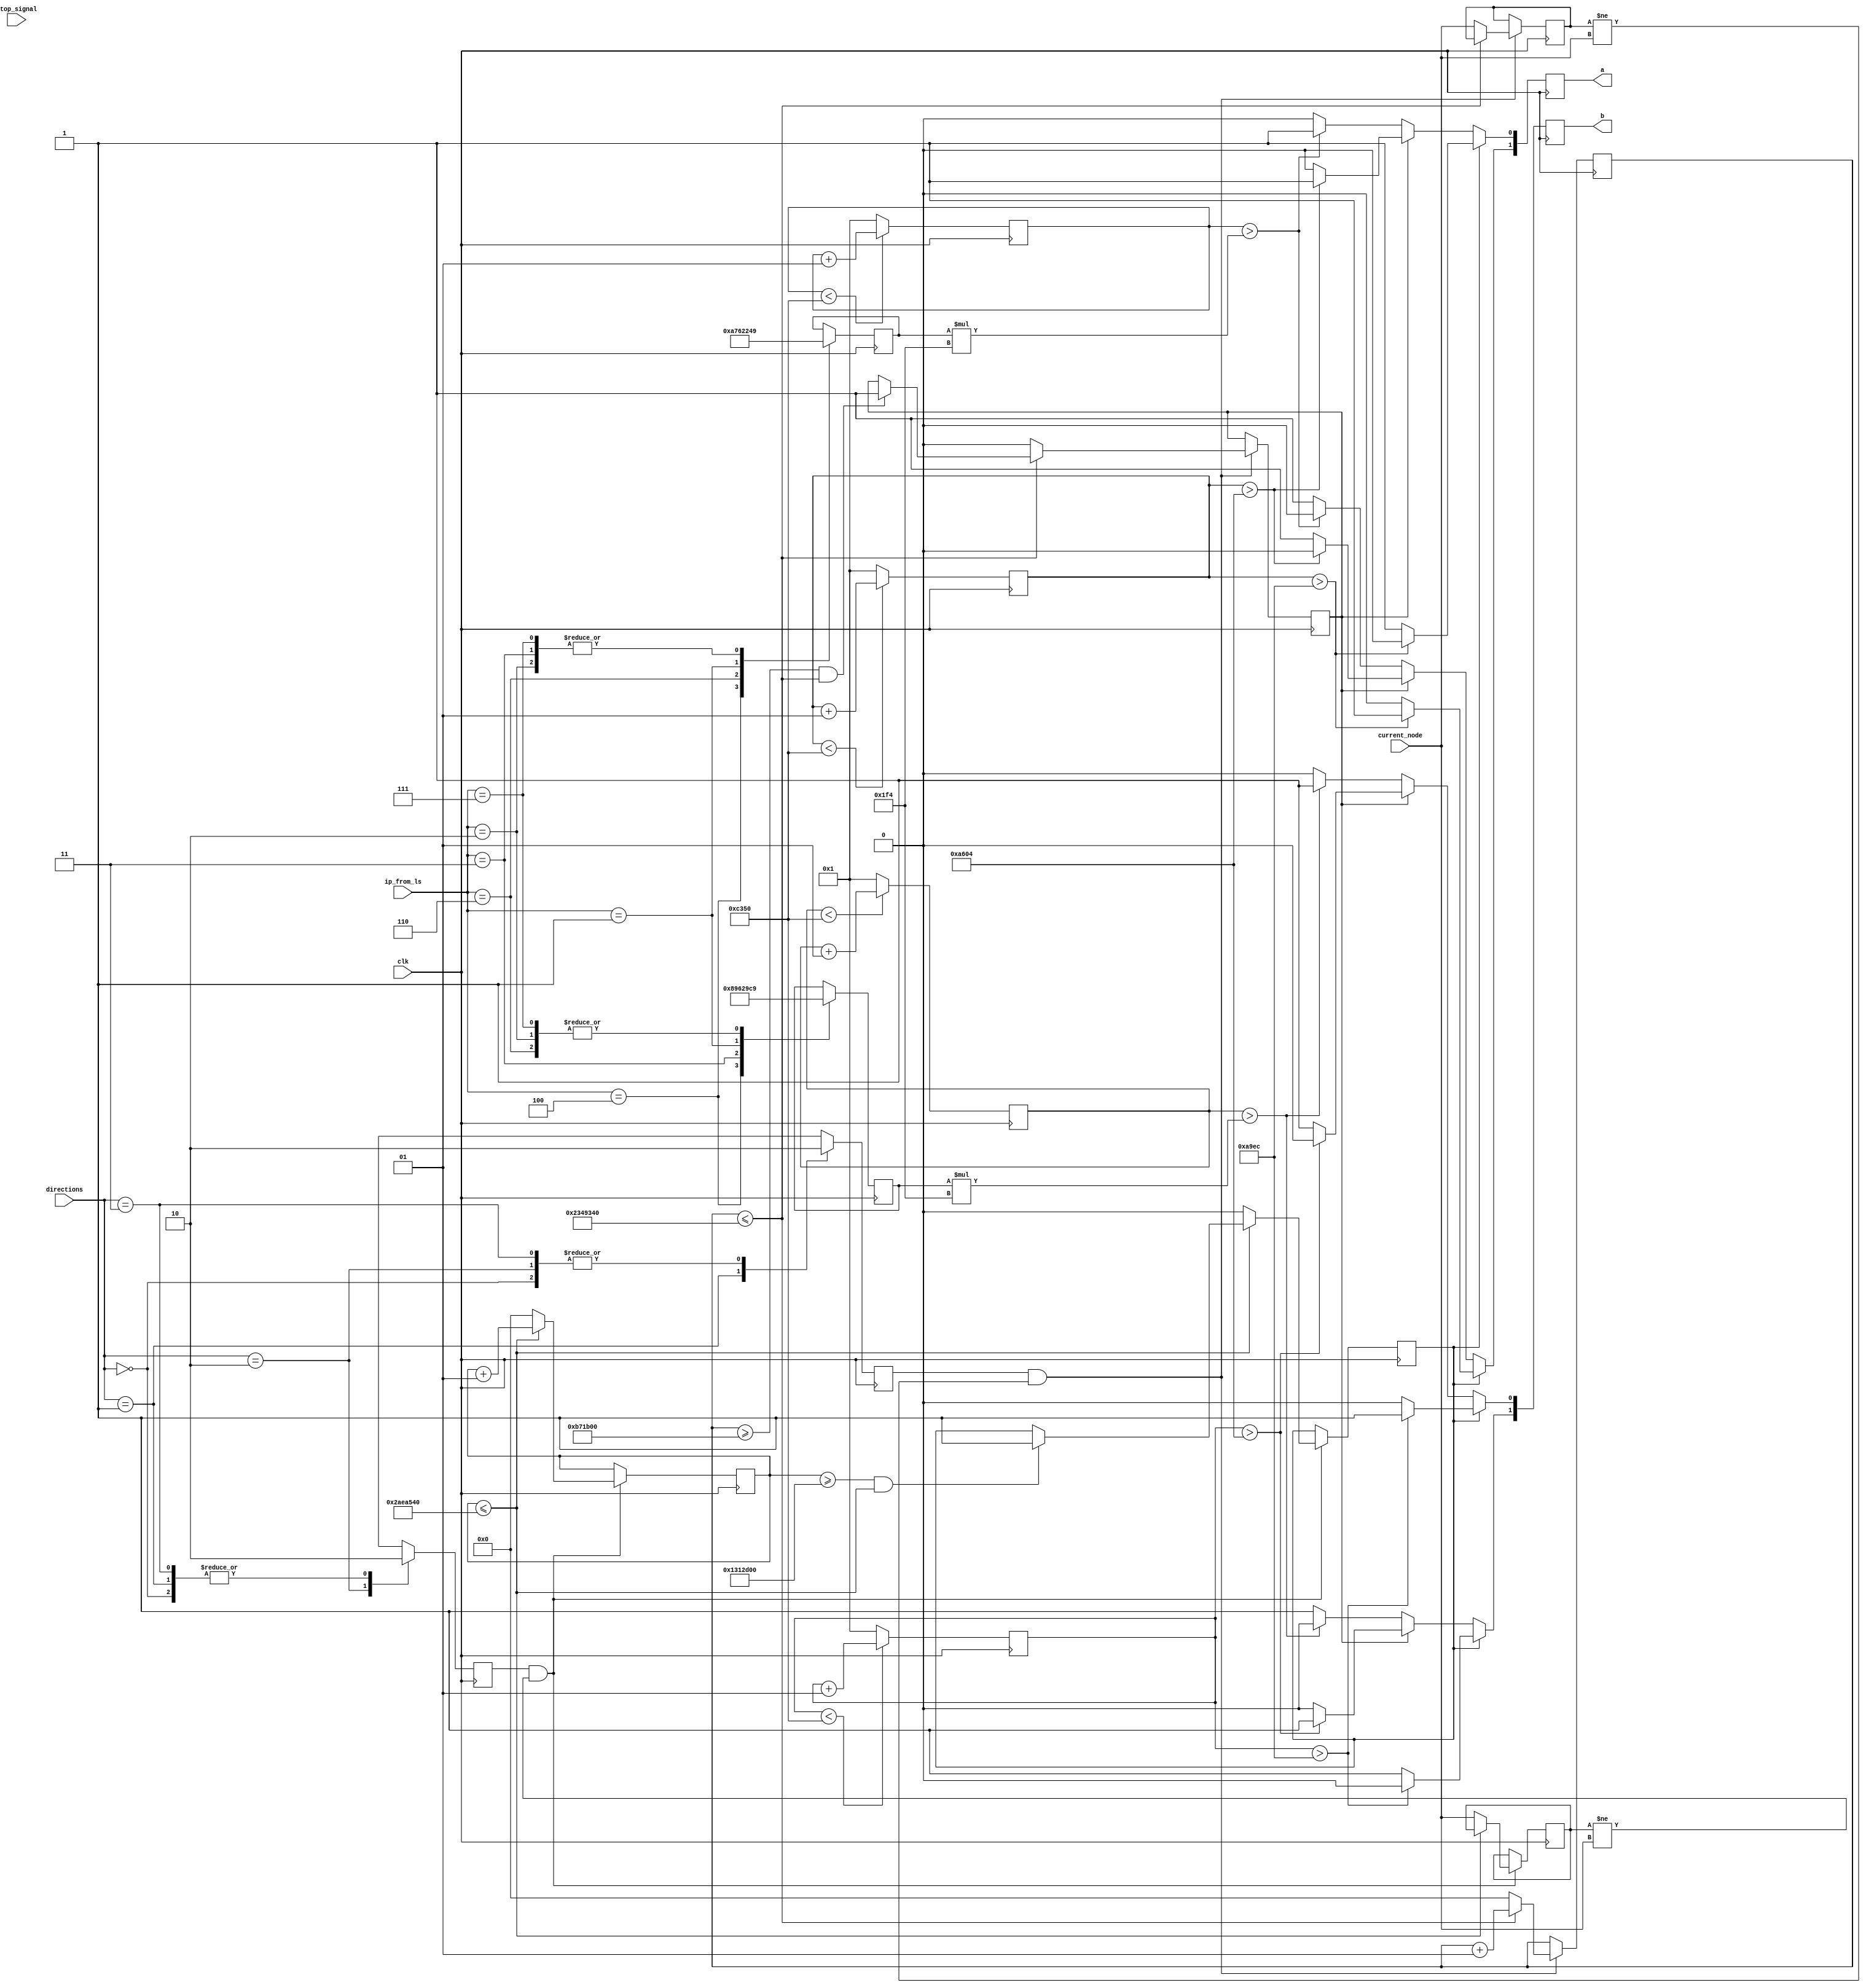
`timescale 1ns / 1ps
module motor_control(
    input clk,
    input [2:0] ip_from_ls,
    input stop_signal,
    input [7:0] current_node,
    input [1:0] directions ,   //00 - straight ; 01 - right ; 10 - left ; 11 - 180 degree turn
    output [1:0] a, 
	 output [1:0] b 
      );
    
 // Input A[1] - high ; Input A[0] - low : anticlockwise Direction of motor A  (bot moves forward)
 // PWM output will be given to Input A[1]  
 // 00 - Straight ; 01 - Go right ; 10 - Go left ; 11 - node detected 
 // A - Right motor ; B - Left motor
 reg [1:0] A; reg [1:0] B ;
 reg [6:0] DS_A = 100 , DS_B = 100 ;
 assign a = A ;
 assign b = B ;
 //reg straight = 0 ;
 reg turn_left = 0, turn_right = 0, full_turn = 0 ;
 reg [7:0] temp = 0 ;
 reg [7:0] temp2 = 0 ;
 reg [7:0] temp3 = 0 ;
 integer wait_counter = 0 ;
 integer wait_counter1 = 0 ;
 integer wait_counter3 = 0 ;
 reg turn_left_signal = 0 ;
 reg turn_right_signal = 0 ;
 reg full_turn_signal = 0 ;
always@ (posedge clk)
 begin
//  case(ip_from_ls)
//	 3'b100 : begin
//            DS_B = 65 ;
//            DS_A = 80 ;
//            end 
//	 3'b110 : begin
//				DS_B = 70 ;
//				DS_A = 85 ;
//				end 
//    3'b010 : begin
//            DS_B = 70 ;
//            DS_A = 70 ;
//            end 
//	 3'b011 : begin
//            DS_B = 85 ;
//            DS_A = 70 ;
//            end
//    3'b001 : begin
//            DS_B = 80 ;
//            DS_A = 65 ;
//            end
//	 3'b111: begin
//				DS_A = 70 ; 
//            DS_B = 70 ;
//				end
//  endcase
 case(ip_from_ls)
	 3'b100 : begin
            DS_B = 68 ; //all -2
            DS_A = 83 ;
            end 
	 3'b110 : begin
				DS_B = 73 ;
				DS_A = 88 ;
				end 
    3'b010 : begin
            DS_B = 73 ;
            DS_A = 73 ;
            end 
	 3'b011 : begin
            DS_B = 88 ;
            DS_A = 73 ;
            end
    3'b001 : begin
            DS_B = 83 ;
            DS_A = 68 ;
            end
	 3'b111: begin
				DS_A = 73 ; 
            DS_B = 73 ;
				end
  endcase
  case (directions)  //00 - straight ; 01 - right ; 10 - left ; 11 - 180 degree turn
   2'b00 : begin
            //straight = 1 ;
            turn_left = 0 ;
            turn_right = 0 ;
            full_turn = 0 ;
           end
   2'b01 : begin
            //straight = 0 ;
            turn_left = 0 ;
            turn_right = 1 ;
            full_turn = 0 ;
           end
   2'b10 : begin
           //  straight = 0 ;
            turn_left = 1 ;
            turn_right = 0 ;
            full_turn = 0 ;
           end
   2'b11 : begin
           // straight = 0 ;
            turn_left = 0 ;
            turn_right = 0 ;
            full_turn = 1 ;
           end                        
  endcase
 end
 
//PWM code for motor A 
integer k_A = 1;
integer k_t_A = 1 ;

always@ (posedge clk)
begin

// if (full_turn && temp2 != current_node)
//          begin
//            if (wait_counter3>=27500000 && wait_counter3 <= 70000000)  //1 sec         
//               begin
//                full_turn_signal = 1 ;
//               end 
//            if (wait_counter3 <= 70000000) 
//             begin
//             wait_counter3 = wait_counter3 + 1 ;
//             end
//            else
//              begin
//              wait_counter3 = 0 ;
//              temp2 = current_node ;
//              full_turn_signal = 0 ;
//              end
//          end       
			 
  if (turn_left && temp != current_node)
          begin
            if (wait_counter>=20000000 && wait_counter <= 45000000)  //0.5 sec         
               begin
                turn_left_signal = 1 ;
               end 
            if (wait_counter <= 45000000) 
             begin
             wait_counter = wait_counter + 1 ;
             end
            else
              begin
              wait_counter = 0 ;
              temp = current_node ;
              turn_left_signal = 0 ;
              end
          end
    
   
          
    if (turn_right && temp3 != current_node)
          begin
            if (wait_counter1>=12000000 && wait_counter1 <= 37000000)           
               begin
                turn_right_signal = 1 ;
               end 
            if (wait_counter1 <= 37000000) 
             begin
             wait_counter1 = wait_counter1 + 1 ;
             end
            else
              begin
              wait_counter1 = 0 ;
              temp3 = current_node;
              turn_right_signal = 0 ;
              end
          end             
end

always @(posedge clk)
begin
if (turn_left_signal )
begin
   if (k_t_A > (87 * 500))             
     begin
      A[1] <= 1 ;
      A[0] <= 0 ;
     end
   else
     begin
      A[1] <= 0 ;
      A[0] <= 1 ;
     end
end

else if (turn_right_signal || full_turn_signal)
begin
   if (k_t_A > (85 * 500))             
     begin
      A[1] <= 0 ;
      A[0] <= 1 ;
     end
   else
     begin
      A[1] <= 1 ;
      A[0] <= 0 ;
     end
end

//else if(stop_signal)
//begin
//  A[1] <= 1 ;
//  A[0] <= 1 ;
//end

else
begin
 if (k_A > (DS_A * 500))
	    begin
	    A[1] <= 0 ;
	    A[0] <= 1 ;
	    end
	   else
        begin
        A[1] <= 1 ;
        A[0] <= 0 ;
        end
end

            
end

always @(posedge clk)
begin
	if(k_A < 50000)
	  k_A = k_A + 1 ;
	else
	  k_A = 1 ;  
end

always @(posedge clk)
begin
	if(k_t_A < 50000)
	  k_t_A = k_t_A + 1 ;
	else
	  k_t_A = 1 ;  
end

//PWM code for motor B
integer k_B = 1;
integer k_t_B = 1 ;

always @(posedge clk)
begin
if (turn_left_signal )
begin 
    if (k_t_B > (87 * 500))    //was 78 initially
      begin
       B[1] <= 0 ;
       B[0] <= 1 ;
      end
    else
      begin
       B[1] <= 1 ;
       B[0] <= 0 ;
      end 
end 

else if (turn_right_signal || full_turn_signal)
begin 
    if (k_t_B > (85 * 500)) 
      begin
       B[1] <= 1 ;
       B[0] <= 0 ;
      end
    else
      begin
       B[1] <= 0 ;
       B[0] <= 1 ;
      end 
end 

//else if(stop_signal)
//begin
//  B[1] <= 1 ;
//  B[0] <= 1 ;
//end

else
begin
 if (k_B > (DS_B * 500))
	  begin
	  B[1] <= 0 ;
	  B[0] <= 1 ;
	  end
	 else
      begin
      B[1] <= 1 ;
      B[0] <= 0 ;
      end
end
          
end

always @(posedge clk)
begin
	if(k_B < 50000)
	  k_B = k_B + 1 ;
	else
	  k_B = 1 ;  
end

always @(posedge clk)
begin
	if(k_t_B < 50000)
	  k_t_B = k_t_B + 1 ;
	else
	  k_t_B = 1 ;  
end

endmodule